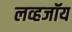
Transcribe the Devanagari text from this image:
लव्हजॉय